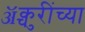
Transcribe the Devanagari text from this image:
ॲक्चुरींच्या